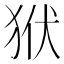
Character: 𤝯